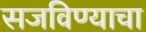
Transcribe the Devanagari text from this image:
सजविण्याचा